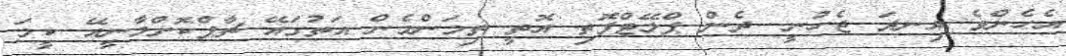
އެހެންވެ އިނދަ ޖެހުނީ. ދެން ޕްލޭޓްފޮތި އޮތީ ތިމަންމެން އަތުގައޭ ޗާޕްކޮށްލާނީއޭ ކީމަ